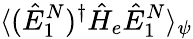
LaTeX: \langle(\hat{E}_{1}^{N})^{\dagger}\hat{H}_{e}\hat{E}_{1}^{N}\rangle_{\psi}